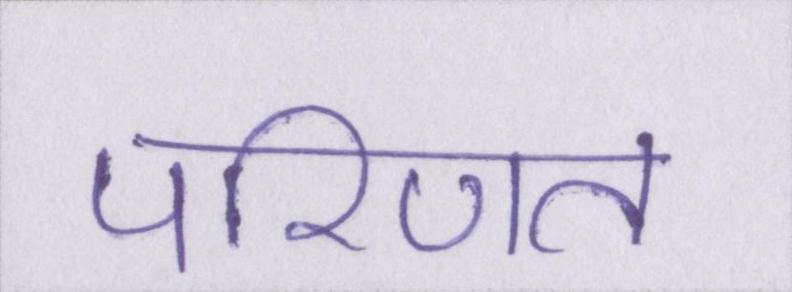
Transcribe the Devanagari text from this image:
परिणत